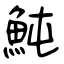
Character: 魨